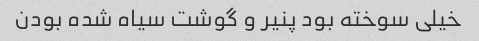
خیلی سوخته بود پنیر و گوشت سیاه شده بودن